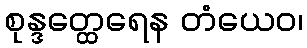
စုန္ဒတ္ထေရေန တံယေဝ၊